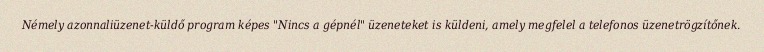
Némely azonnaliüzenet-küldő program képes "Nincs a gépnél" üzeneteket is küldeni, amely megfelel a telefonos üzenetrögzítőnek.